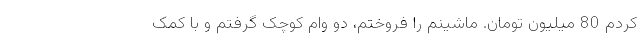
کردم 80 میلیون تومان. ماشینم را فروختم، دو وام کوچک گرفتم و با کمک